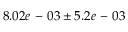
8 . 0 2 e \mathrm { ~ - ~ } 0 3 \pm 5 . 2 e \mathrm { ~ - ~ } 0 3